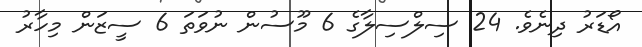
އޯޑަރު ދިނެވެ. 24 ސިލްސިލާގެ 6 މޫސުން ނުވަތަ 6 ސީޒަން މިހާރު